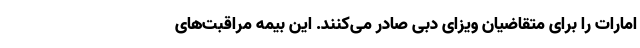
امارات را برای متقاضیان ویزای دبی صادر می‌کنند. این بیمه مراقبت‌های